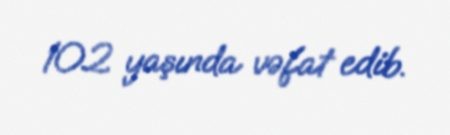
102 yaşında vəfat edib.